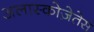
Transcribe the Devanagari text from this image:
अलास्कोज़ेतेस